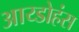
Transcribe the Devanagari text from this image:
आय्डोहंस